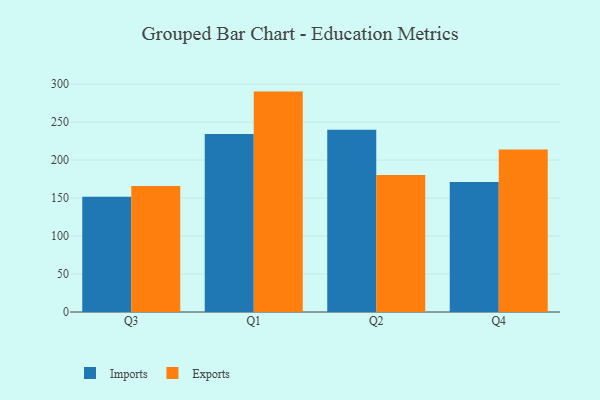
{"axis": {"x": "Quarter", "y": "Budget (USD K)"}, "legend": ["Exports", "Imports"], "data": [{"x": "Q3", "y": 151.9, "type": "Imports"}, {"x": "Q3", "y": 166.0, "type": "Exports"}, {"x": "Q1", "y": 234.5, "type": "Imports"}, {"x": "Q1", "y": 290.2, "type": "Exports"}, {"x": "Q2", "y": 239.9, "type": "Imports"}, {"x": "Q2", "y": 180.3, "type": "Exports"}, {"x": "Q4", "y": 171.1, "type": "Imports"}, {"x": "Q4", "y": 213.8, "type": "Exports"}]}